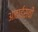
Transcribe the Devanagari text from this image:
आठाईसवीं